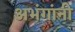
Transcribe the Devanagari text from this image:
अभंगांनी